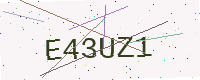
Text: E43UZ1